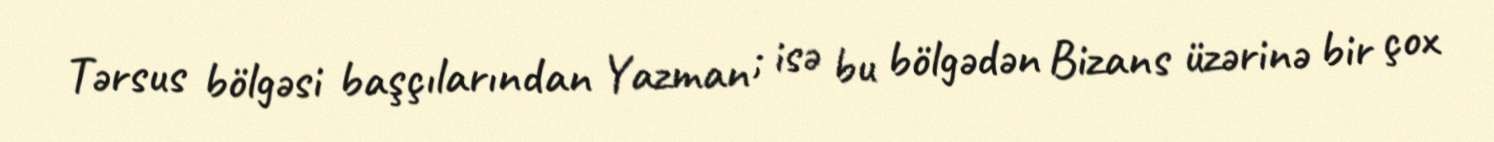
Tərsus bölgəsi başçılarından Yazman ; isə bu bölgədən Bizans üzərinə bir çox